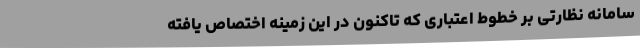
سامانه نظارتی بر خطوط اعتباری که تاکنون در این زمینه اختصاص یافته